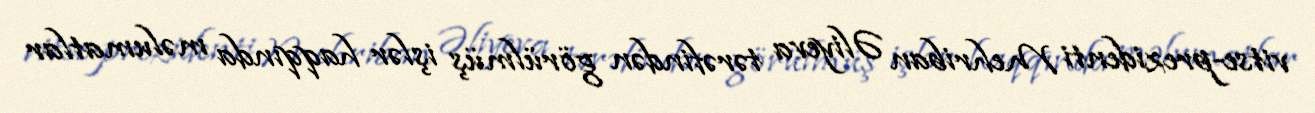
vitse-prezidenti Mehriban Əliyeva tərəfindən görülmüş işlər haqqında məlumatlar